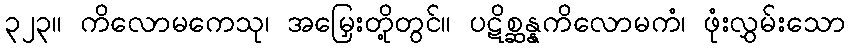
၃၂၃။ ကိလောမကေသု၊ အမြှေးတို့တွင်။ ပဋိစ္ဆန္နကိလောမကံ၊ ဖုံးလွှမ်းသော